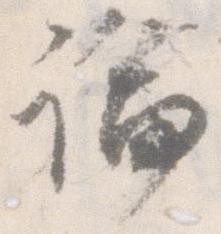
論